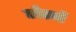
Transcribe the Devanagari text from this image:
छोड्यों